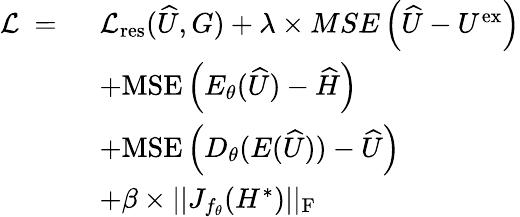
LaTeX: \begin{array}{rl}{\mathcal{L}~=~}&{\mathcal{L}_{\mathrm{res}}(\widehat{U},G)+\lambda\times MSE\left(\widehat{U}-U^{\mathrm{ex}}\right)}\\ &{+\mathrm{MSE}\left(E_{\theta}(\widehat{U})-\widehat{H}\right)}\\ &{+\mathrm{MSE}\left(D_{\theta}(E(\widehat{U}))-\widehat{U}\right)}\\ &{+\beta\times||J_{f_{\theta}}(H^{*})||_{\mathrm{F}}}\end{array}